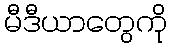
မီဒီယာတွေကို